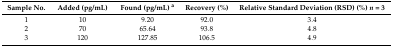
<table><thead><tr><td><b>Sample No.</b></td><td><b>Added (pg/mL)</b></td><td><b>Found (pg/mL) <sup>a</sup></b></td><td><b>Recovery (%)</b></td><td><b>Relative Standard Deviation (RSD) (%) <i>n</i> = 3</b></td></tr></thead><tbody><tr><td>1</td><td>10</td><td>9.20</td><td>92.0</td><td>3.4</td></tr><tr><td>2</td><td>70</td><td>65.64</td><td>93.8</td><td>4.8</td></tr><tr><td>3</td><td>120</td><td>127.85</td><td>106.5</td><td>4.9</td></tr></tbody></table>